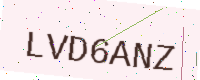
Text: LVD6ANZ